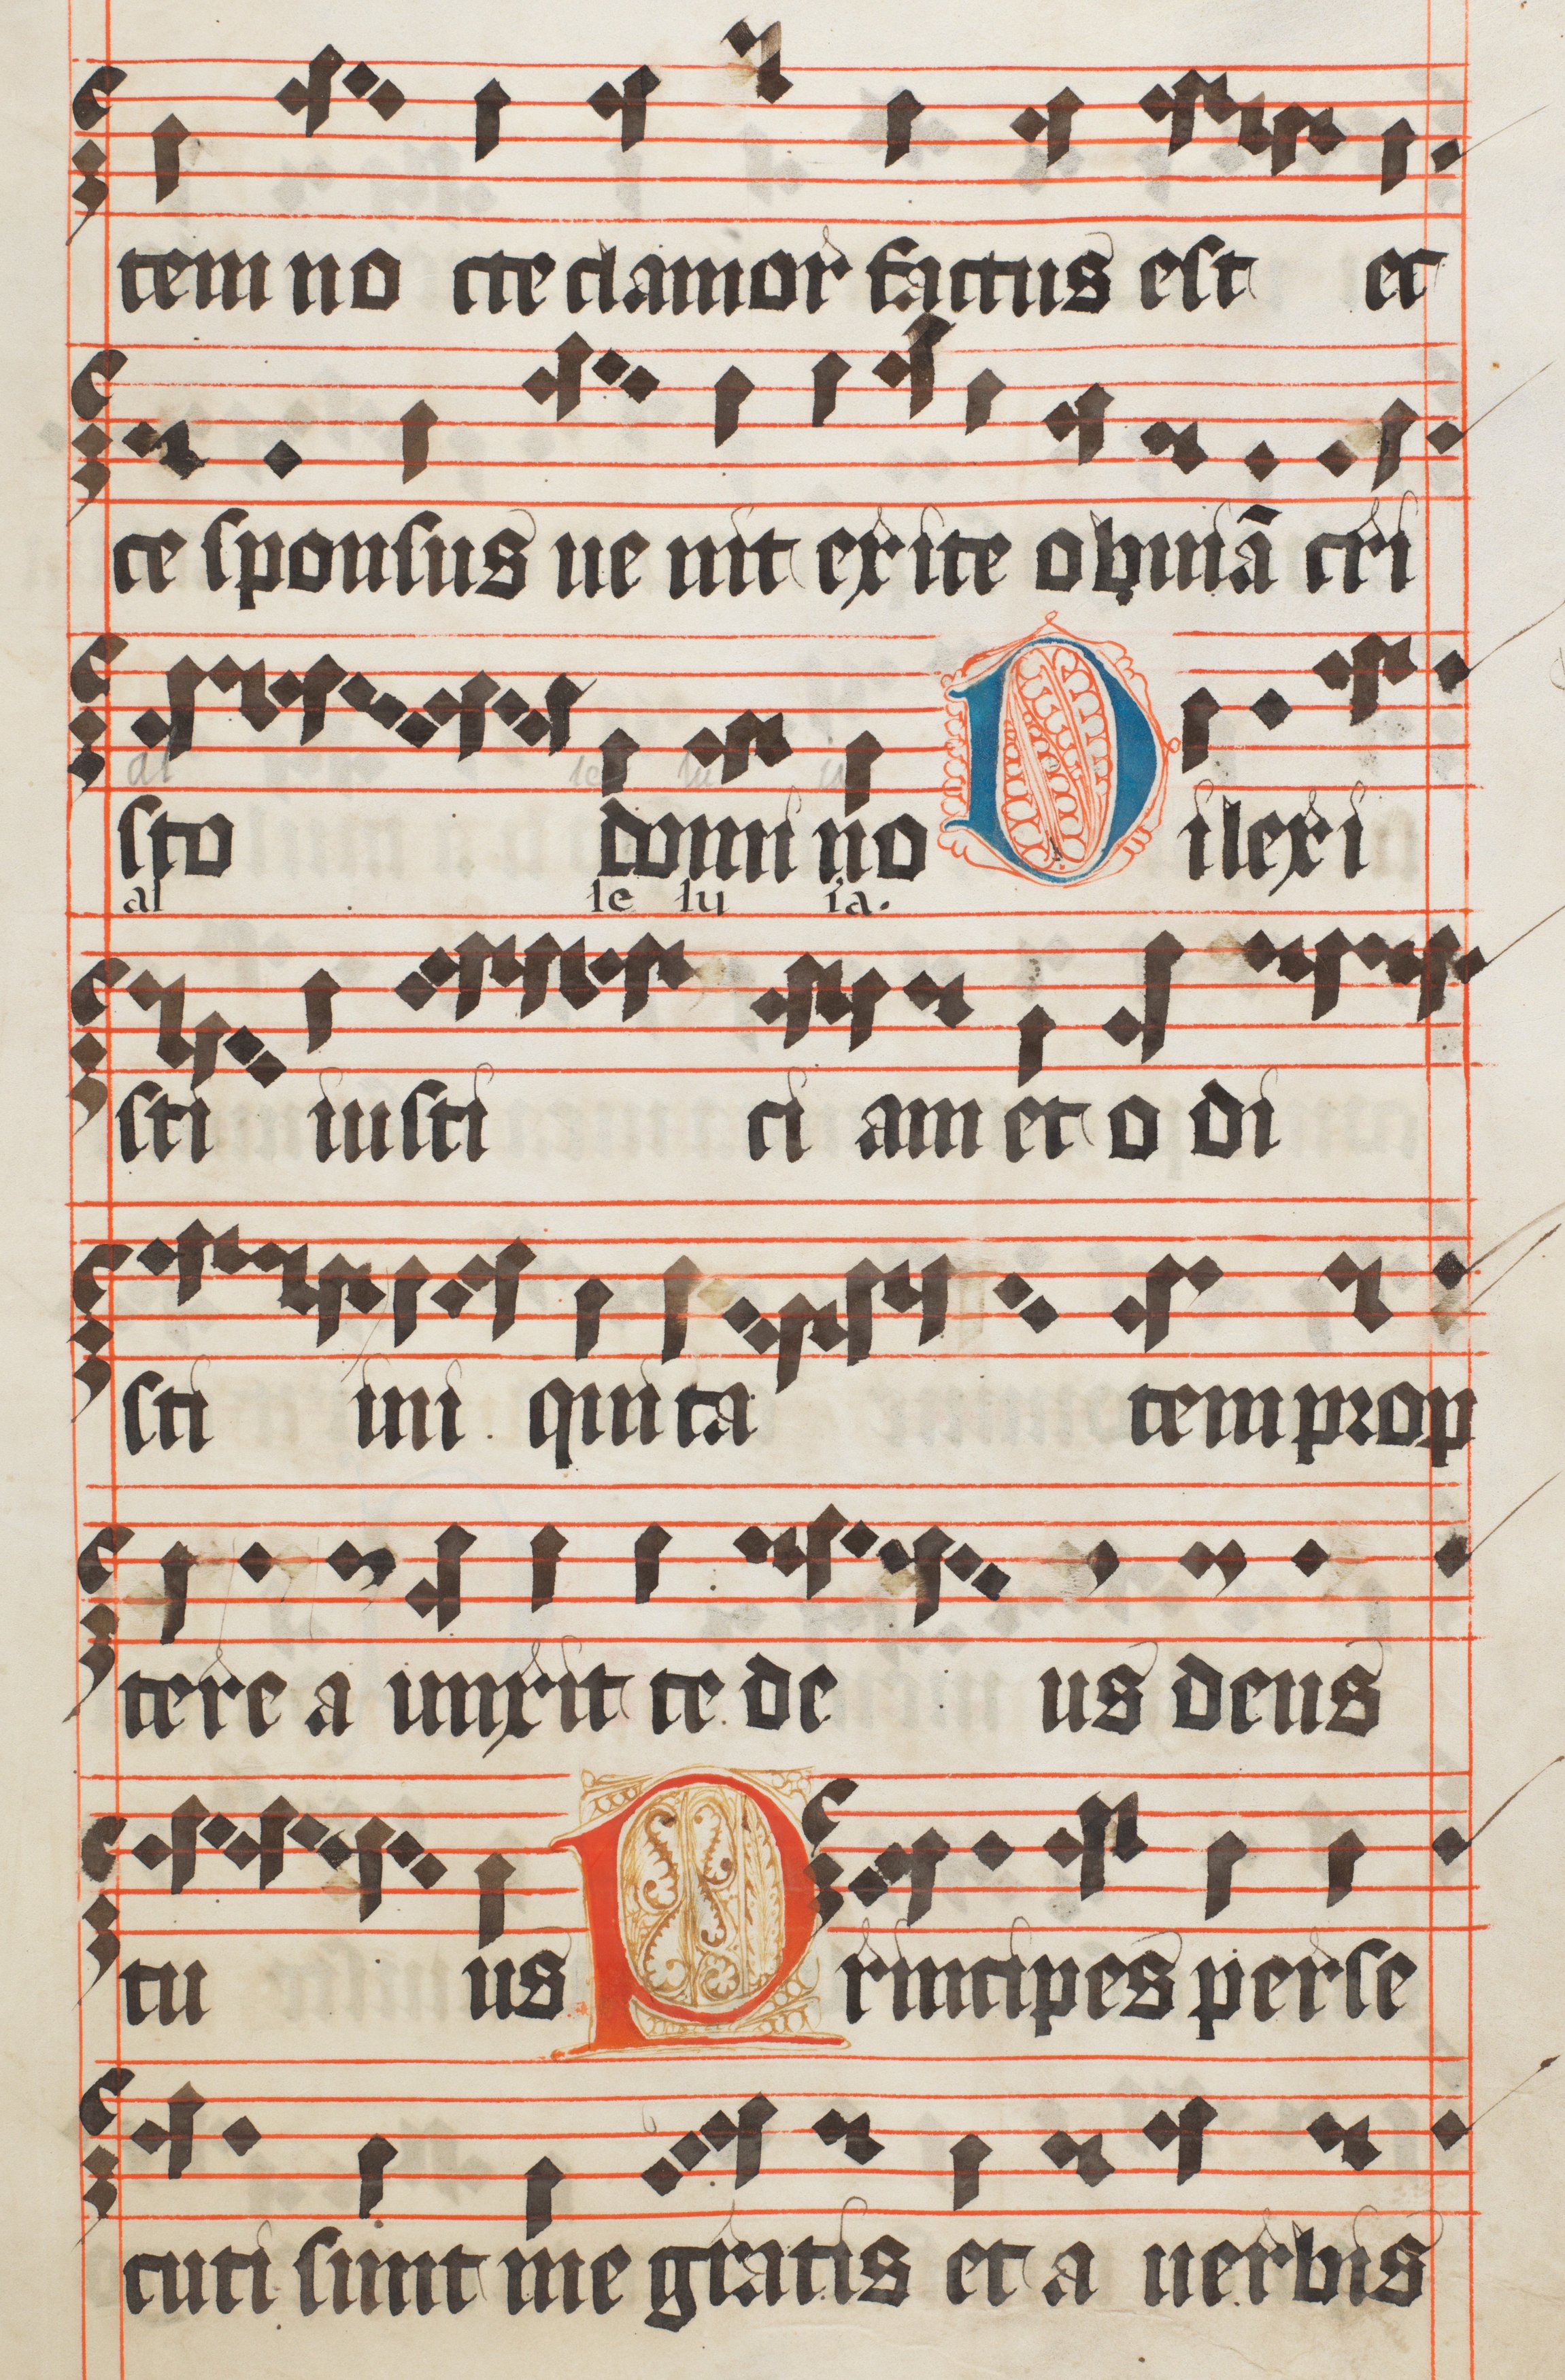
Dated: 1473–1473